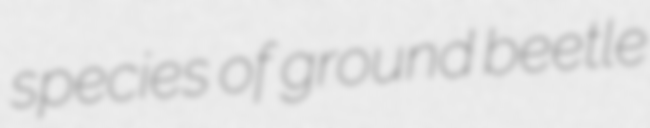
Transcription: species of ground beetle